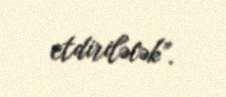
etdiriləcək”.